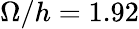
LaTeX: \Omega/h=1.92